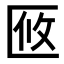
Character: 𠤼